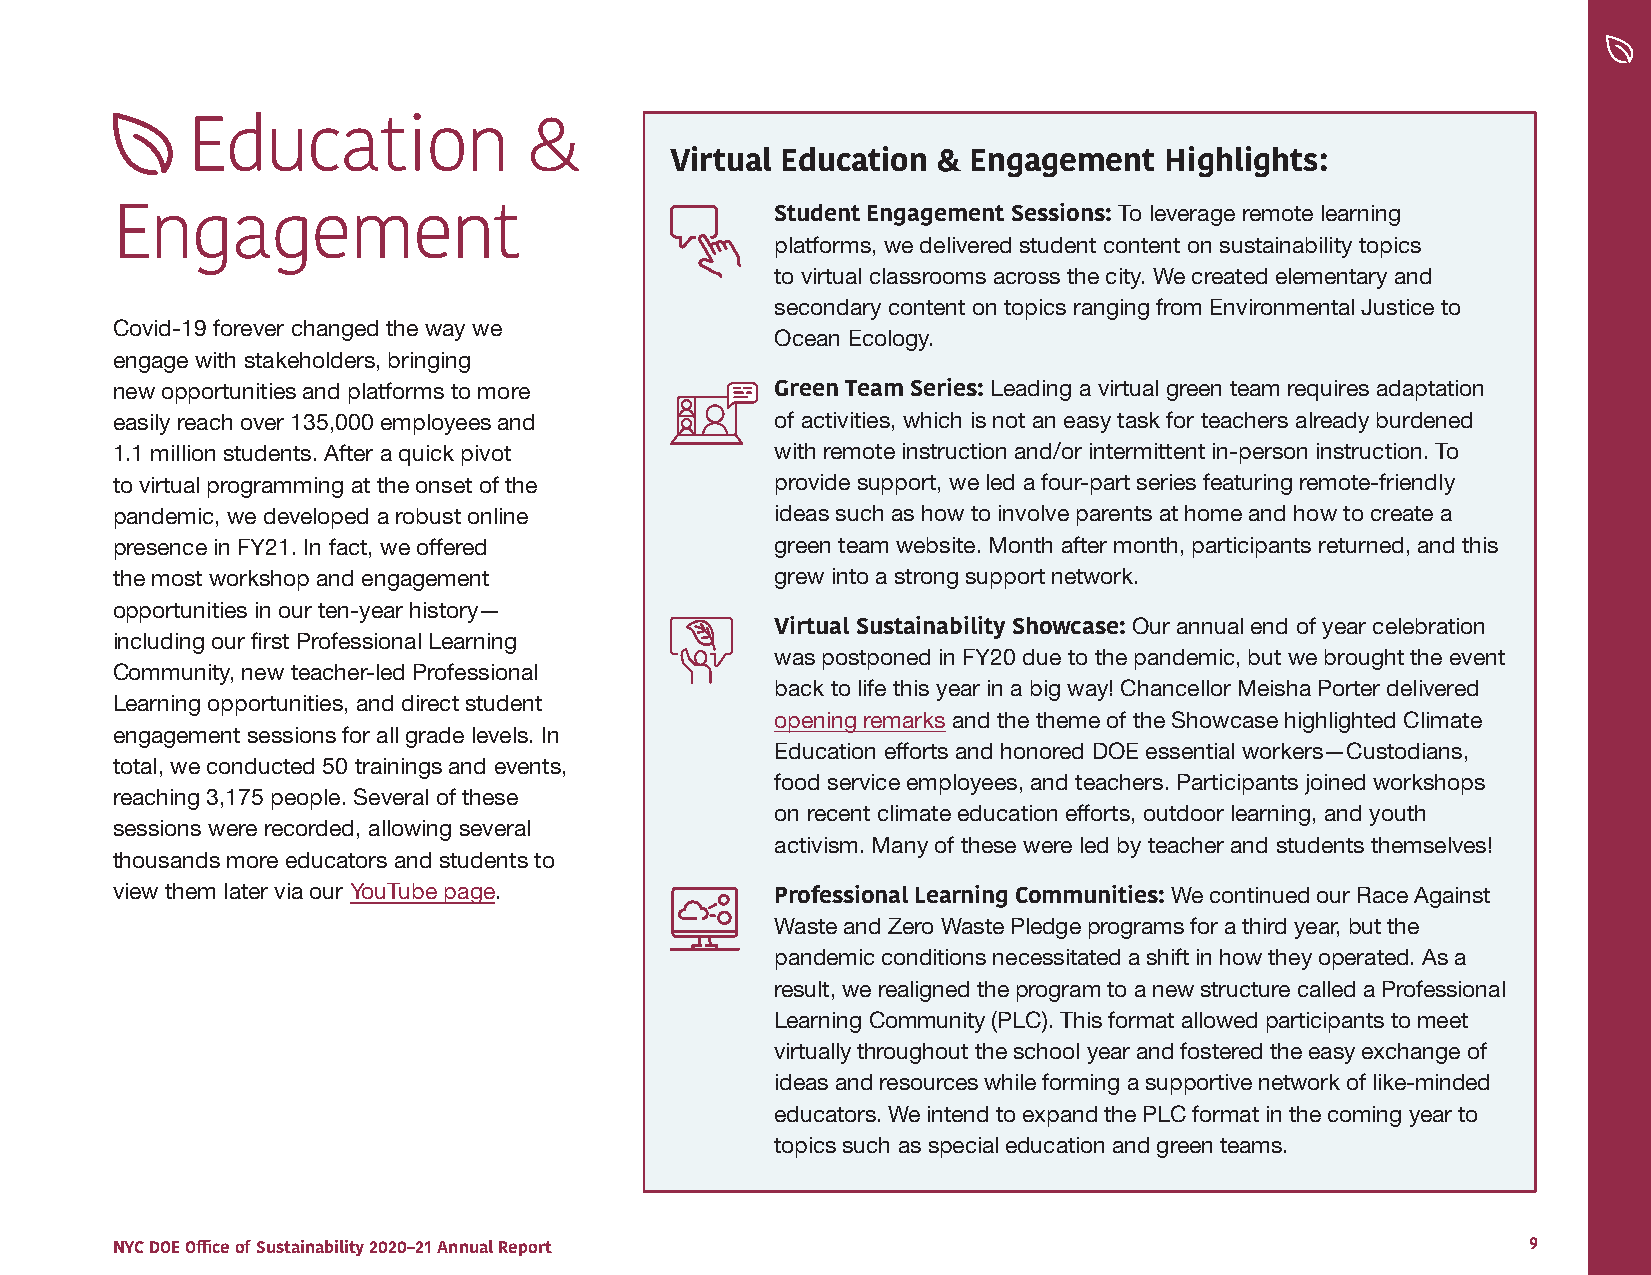
Education              &
 Virtual Education & Engagement   Highlights:
 Student Engagement Sessions:
 To leverage remote learning
 Engagement
 platforms, we delivered student content on sustainability topics
 to virtual classrooms across the city. We created elementary and
 secondary content on topics ranging from Environmental Justice to
 Covid-19 forever changed the way we
 Ocean Ecology.
 engage with stakeholders, bringing
 new opportunities and platforms to more     Green Team Series: Leading a virtual green team requires adaptation
 easily reach over 135,000 employees and     of activities, which is not an easy task for teachers already burdened
 1.1 million students. After a quick pivot   with remote instruction and/or intermittent in-person instruction. To
 to virtual programming at the onset of the  provide support, we led a four-part series featuring remote-friendly
 pandemic, we developed a robust online      ideas such as how to involve parents at home and how to create a
 presence in FY21. In fact, we offered       green team website. Month after month, participants returned, and this
 the most workshop and engagement            grew into a strong support network.
 opportunities in our ten-year history—
 Our annual end of year celebration
 Virtual Sustainability Showcase:
 including our first Professional Learning
 was postponed in FY20 due to the pandemic, but we brought the event
 Community, new teacher-led Professional
 back to life this year in a big way! Chancellor Meisha Porter delivered
 Learning opportunities, and direct student
 opening remarks and the theme of the Showcase highlighted Climate
 engagement sessions for all grade levels. In
 Education efforts and honored DOE essential workers—Custodians,
 total, we conducted 50 trainings and events,
 food service employees, and teachers. Participants joined workshops
 reaching 3,175 people. Several of these
 on recent climate education efforts, outdoor learning, and youth
 sessions were recorded, allowing several
 activism. Many of these were led by teacher and students themselves!
 thousands more educators and students to
 view them later via our YouTube page.                                 We continued our Race Against
 Professional Learning Communities:
 Waste and Zero Waste Pledge programs for a third year, but the
 pandemic conditions necessitated a shift in how they operated. As a
 result, we realigned the program to a new structure called a Professional
 Learning Community (PLC). This format allowed participants to meet
 virtually throughout the school year and fostered the easy exchange of
 ideas and resources while forming a supportive network of like-minded
 educators. We intend to expand the PLC format in the coming year to
 topics such as special education and green teams.
 NYC DOE Office of Sustainability 2020–21 Annual Report                                        9